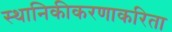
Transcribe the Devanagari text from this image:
स्थानिकीकरणाकरिता